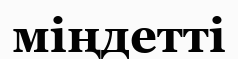
міңдетті